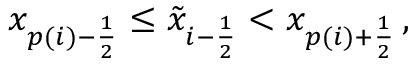
x _ { p ( i ) - \frac { 1 } { 2 } } \leq \tilde { x } _ { i - \frac { 1 } { 2 } } < x _ { p ( i ) + \frac { 1 } { 2 } } \, ,